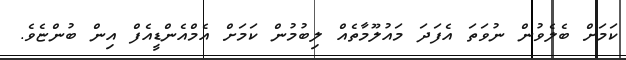
ކަމަށް ބެލެވުން ނުވަތަ އެފަދަ މައުލޫމާތެއް ލިބުމުން ކަމަށް އެމްއެންޑީއެފް އިން ބުންޏެވެ.